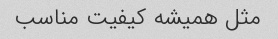
مثل همیشه کیفیت مناسب